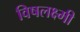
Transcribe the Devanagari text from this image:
विषलक्ष्मी